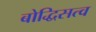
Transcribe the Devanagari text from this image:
बोद्धिसत्व